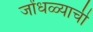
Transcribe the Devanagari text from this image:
जोंधळ्याची